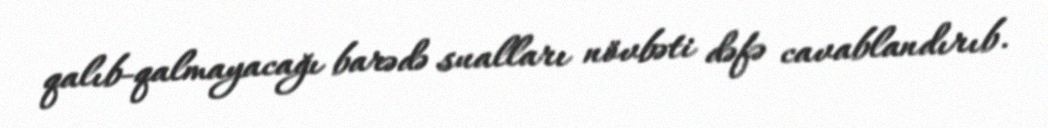
qalıb-qalmayacağı barədə sualları növbəti dəfə cavablandırıb.